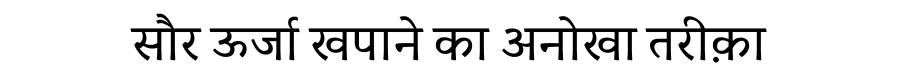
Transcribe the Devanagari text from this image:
सौर ऊर्जा खपाने का अनोखा तरीक़ा